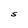
Character: S